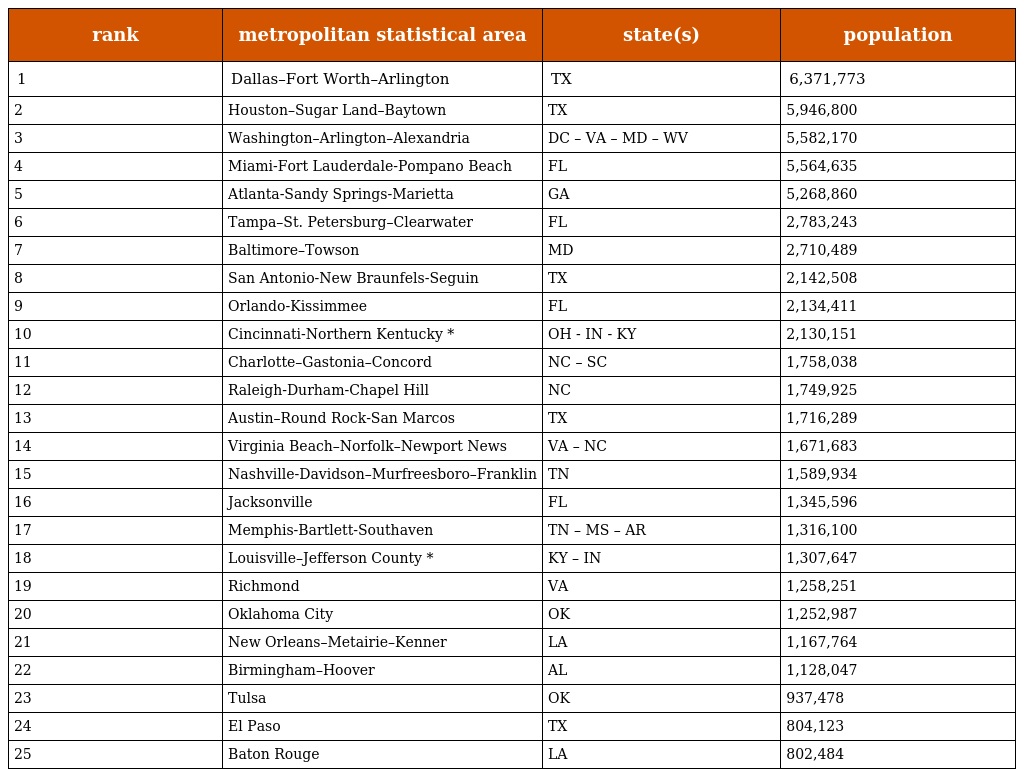
| rank | metropolitan statistical area | state(s) | population |
 | --- | --- | --- | --- |
 | 1 | Dallas–Fort Worth–Arlington | TX | 6,371,773 |
 | 2 | Houston–Sugar Land–Baytown | TX | 5,946,800 |
 | 3 | Washington–Arlington–Alexandria | DC – VA – MD – WV | 5,582,170 |
 | 4 | Miami-Fort Lauderdale-Pompano Beach | FL | 5,564,635 |
 | 5 | Atlanta-Sandy Springs-Marietta | GA | 5,268,860 |
 | 6 | Tampa–St. Petersburg–Clearwater | FL | 2,783,243 |
 | 7 | Baltimore–Towson | MD | 2,710,489 |
 | 8 | San Antonio-New Braunfels-Seguin | TX | 2,142,508 |
 | 9 | Orlando-Kissimmee | FL | 2,134,411 |
 | 10 | Cincinnati-Northern Kentucky * | OH - IN - KY | 2,130,151 |
 | 11 | Charlotte–Gastonia–Concord | NC – SC | 1,758,038 |
 | 12 | Raleigh-Durham-Chapel Hill | NC | 1,749,925 |
 | 13 | Austin–Round Rock-San Marcos | TX | 1,716,289 |
 | 14 | Virginia Beach–Norfolk–Newport News | VA – NC | 1,671,683 |
 | 15 | Nashville-Davidson–Murfreesboro–Franklin | TN | 1,589,934 |
 | 16 | Jacksonville | FL | 1,345,596 |
 | 17 | Memphis-Bartlett-Southaven | TN – MS – AR | 1,316,100 |
 | 18 | Louisville–Jefferson County * | KY – IN | 1,307,647 |
 | 19 | Richmond | VA | 1,258,251 |
 | 20 | Oklahoma City | OK | 1,252,987 |
 | 21 | New Orleans–Metairie–Kenner | LA | 1,167,764 |
 | 22 | Birmingham–Hoover | AL | 1,128,047 |
 | 23 | Tulsa | OK | 937,478 |
 | 24 | El Paso | TX | 804,123 |
 | 25 | Baton Rouge | LA | 802,484 |